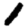
Digit: 1